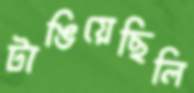
টাঙিয়েছিলি